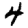
Digit: 4